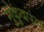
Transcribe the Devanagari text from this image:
मुकुंदपंत